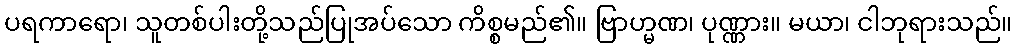
ပရကာရော၊ သူတစ်ပါးတို့သည်ပြုအပ်သော ကိစ္စမည်၏။ ဗြာဟ္မဏ၊ ပုဏ္ဏား။ မယာ၊ ငါဘုရားသည်။